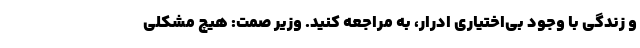
و زندگی با وجود بی‌اختیاری ادرار، به مراجعه کنید. وزیر صمت: هیچ مشکلی